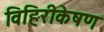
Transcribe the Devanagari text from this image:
विहिरीकेषण